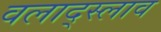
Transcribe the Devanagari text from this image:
वलाद्स्लाव